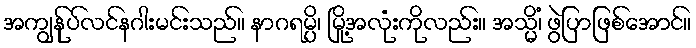
အကျွန်ုပ်လင်နဂါးမင်းသည်။ နာဂရမ္ပိ၊ မြို့အလုံးကိုလည်း။ အသ္မိံ၊ ဖွဲပြာဖြစ်အောင်။